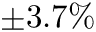
\pm 3 . 7 \%